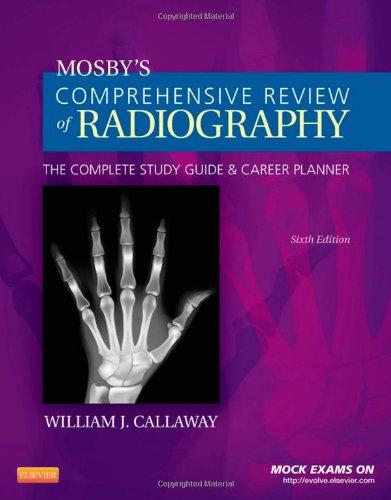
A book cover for Mosby's Comprehensive Review of Radiography: The Complete Study Guide and Career Planner, 6e (Mosby's Complete Review of Radiography); William J. Callaway MA  RT(R); Medical Books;